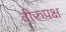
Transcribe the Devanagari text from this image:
वीरुपक्ष